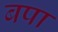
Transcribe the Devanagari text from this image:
बपा